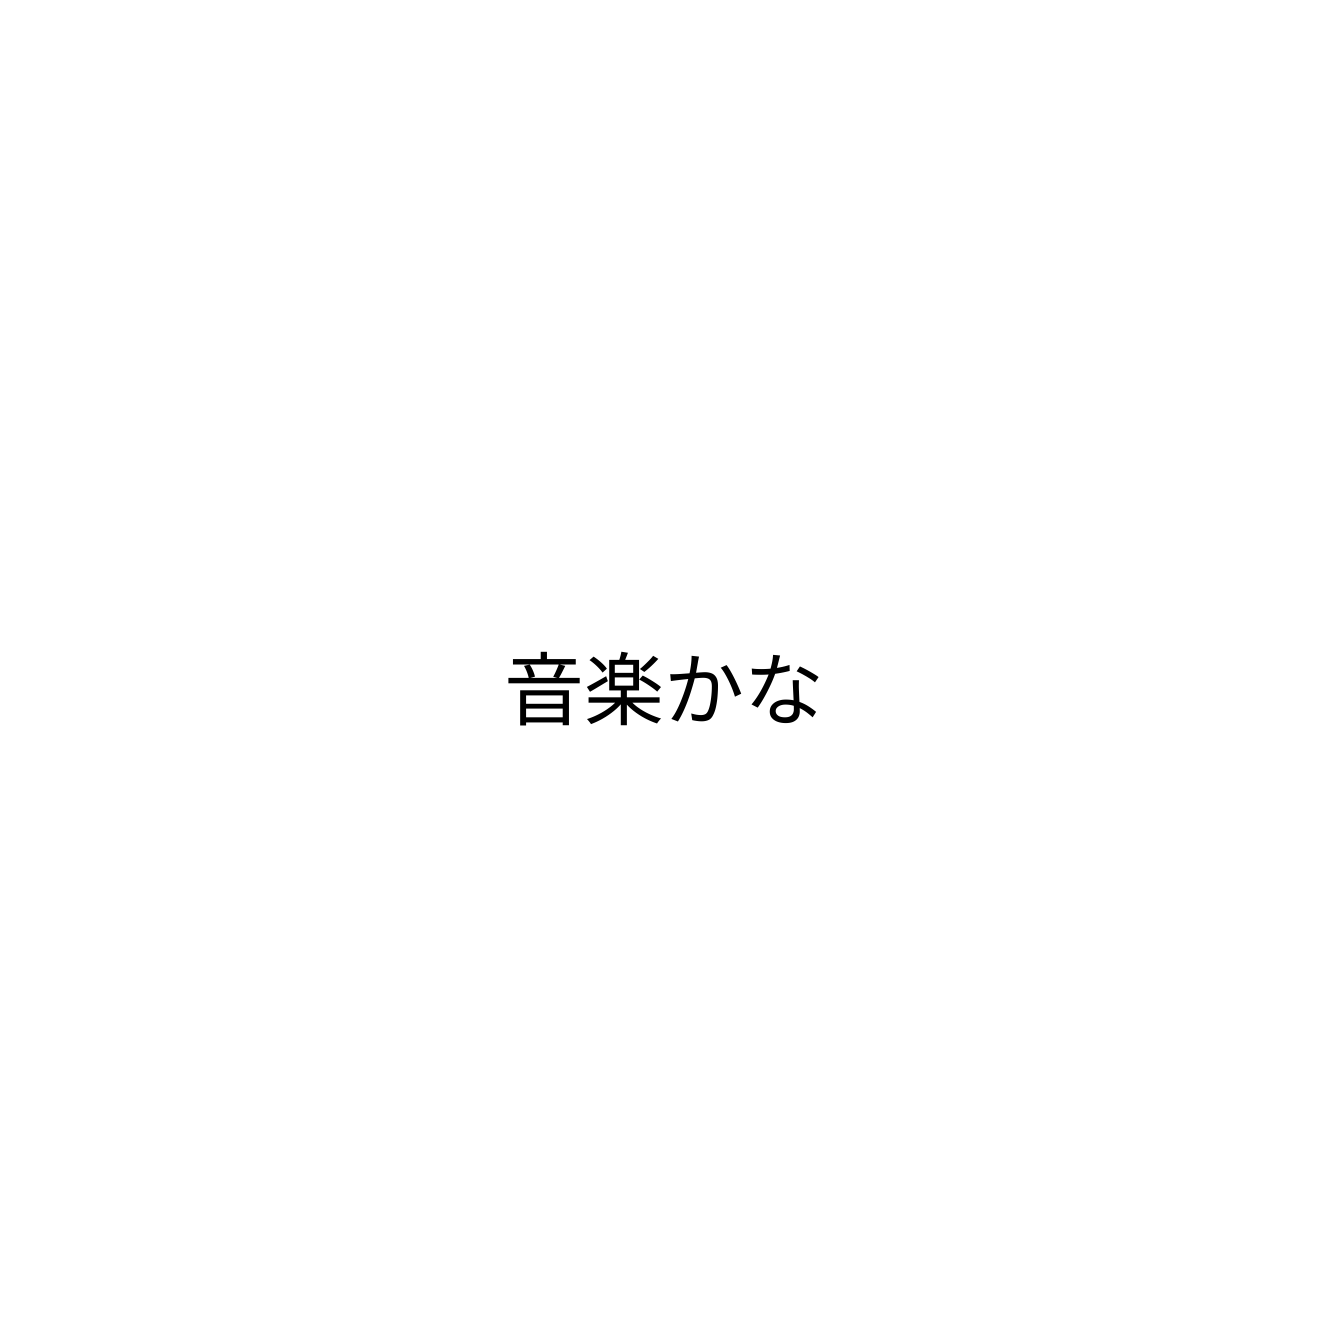
音楽かな